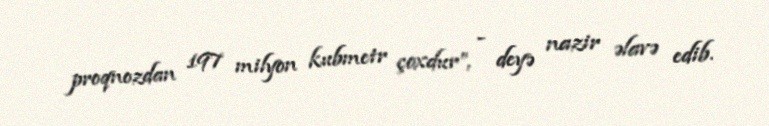
proqnozdan 197 milyon kubmetr çoxdur”, - deyə nazir əlavə edib.